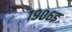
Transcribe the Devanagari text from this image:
१९०६इ